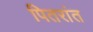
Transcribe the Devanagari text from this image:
पितरांत